Vaccination North-Western Provinces and Oudh 1896-1901 - 1896-1901
Year: 1896
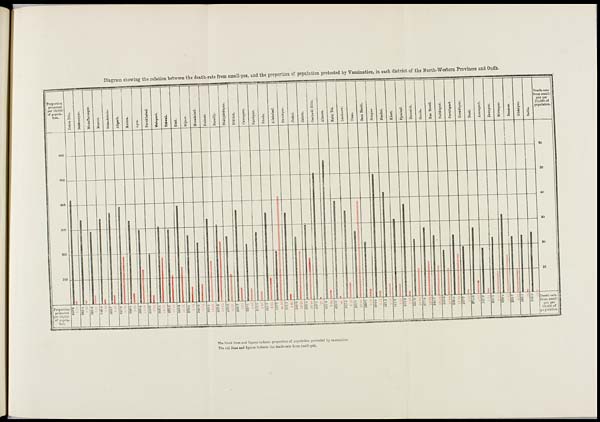
Diagram showing the relation between the death-rate from small-pox, and the proportion of population protected by Vaccination, in each district of the North-Western Provinces and Oudh.
The black lines and figures indicate proportion of population protected by vaccination.
The red lines and figures indicate the death-rate from small-pox.